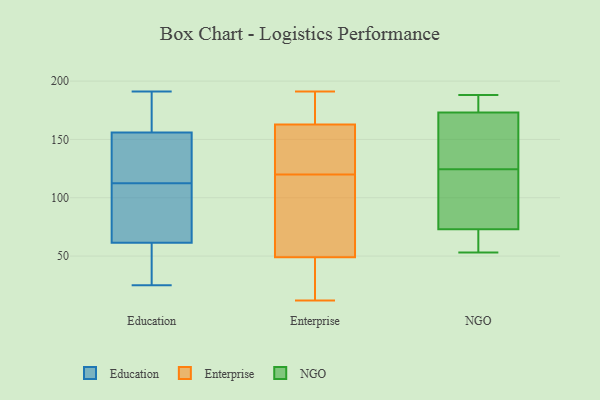
{"axis": {"x": "Satisfaction Score", "y": "Value"}, "legend": ["Education", "Enterprise", "NGO"], "data": [{"x": "", "y": 146, "type": "Education"}, {"x": "", "y": 118, "type": "Education"}, {"x": "", "y": 91, "type": "Education"}, {"x": "", "y": 25, "type": "Education"}, {"x": "", "y": 116, "type": "Education"}, {"x": "", "y": 174, "type": "Education"}, {"x": "", "y": 96, "type": "Education"}, {"x": "", "y": 177, "type": "Education"}, {"x": "", "y": 166, "type": "Education"}, {"x": "", "y": 191, "type": "Education"}, {"x": "", "y": 111, "type": "Education"}, {"x": "", "y": 49, "type": "Education"}, {"x": "", "y": 66, "type": "Education"}, {"x": "", "y": 114, "type": "Education"}, {"x": "", "y": 57, "type": "Education"}, {"x": "", "y": 36, "type": "Education"}, {"x": "", "y": 120, "type": "Enterprise"}, {"x": "", "y": 47, "type": "Enterprise"}, {"x": "", "y": 55, "type": "Enterprise"}, {"x": "", "y": 109, "type": "Enterprise"}, {"x": "", "y": 19, "type": "Enterprise"}, {"x": "", "y": 176, "type": "Enterprise"}, {"x": "", "y": 142, "type": "Enterprise"}, {"x": "", "y": 183, "type": "Enterprise"}, {"x": "", "y": 163, "type": "Enterprise"}, {"x": "", "y": 162, "type": "Enterprise"}, {"x": "", "y": 12, "type": "Enterprise"}, {"x": "", "y": 112, "type": "Enterprise"}, {"x": "", "y": 141, "type": "Enterprise"}, {"x": "", "y": 191, "type": "Enterprise"}, {"x": "", "y": 47, "type": "Enterprise"}, {"x": "", "y": 188, "type": "NGO"}, {"x": "", "y": 183, "type": "NGO"}, {"x": "", "y": 119, "type": "NGO"}, {"x": "", "y": 130, "type": "NGO"}, {"x": "", "y": 145, "type": "NGO"}, {"x": "", "y": 95, "type": "NGO"}, {"x": "", "y": 53, "type": "NGO"}, {"x": "", "y": 69, "type": "NGO"}, {"x": "", "y": 73, "type": "NGO"}, {"x": "", "y": 173, "type": "NGO"}]}